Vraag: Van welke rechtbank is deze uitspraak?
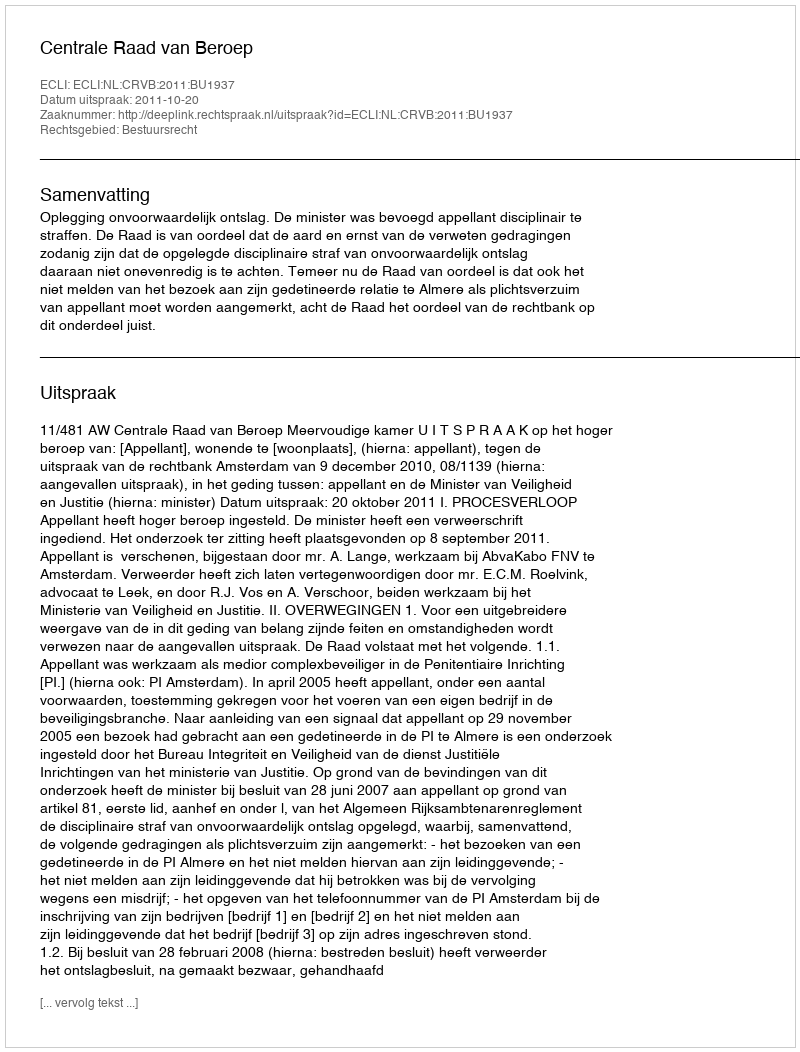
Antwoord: Centrale Raad van Beroep